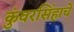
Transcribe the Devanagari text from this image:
कुंवरसिंहाचे